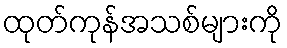
ထုတ်ကုန်အသစ်များကို